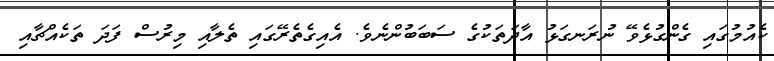
ކެއުމުގައި ގެންގުޅެވޭ ނުރަނގަޅު އާދަތަކުގެ ސަބަބުންނެވެ. އެއިގެތެރޭގައި ތެލާއި މިރުސް ފަދަ ތަކެއްޗާއި